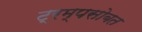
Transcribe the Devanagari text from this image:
ट्रम्पसोबत